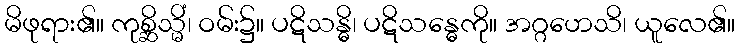
မိဖုရား၏။ ကုစ္ဆိသ္မိံ၊ ဝမ်း၌။ ပဋိသန္ဓိ၊ ပဋိသန္ဓေကို။ အဂ္ဂဟေသိ၊ ယူလေ၏။